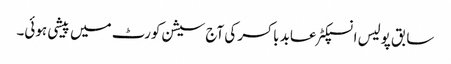
سابق پولیس انسپکٹر عابد باکسر کی آج سیشن کورٹ میں پیشی ہوئی۔